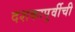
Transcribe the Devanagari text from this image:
दशकापुर्वीची